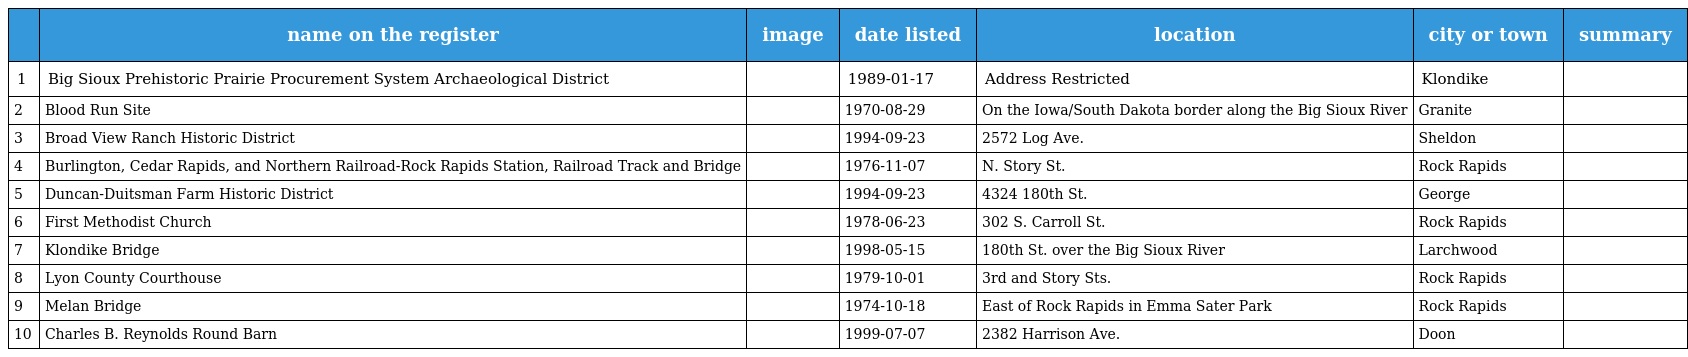
|  | name on the register | image | date listed | location | city or town | summary |
 | --- | --- | --- | --- | --- | --- | --- |
 | 1 | Big Sioux Prehistoric Prairie Procurement System Archaeological District |  | 1989-01-17 | Address Restricted | Klondike |  |
 | 2 | Blood Run Site |  | 1970-08-29 | On the Iowa/South Dakota border along the Big Sioux River | Granite |  |
 | 3 | Broad View Ranch Historic District |  | 1994-09-23 | 2572 Log Ave. | Sheldon |  |
 | 4 | Burlington, Cedar Rapids, and Northern Railroad-Rock Rapids Station, Railroad Track and Bridge |  | 1976-11-07 | N. Story St. | Rock Rapids |  |
 | 5 | Duncan-Duitsman Farm Historic District |  | 1994-09-23 | 4324 180th St. | George |  |
 | 6 | First Methodist Church |  | 1978-06-23 | 302 S. Carroll St. | Rock Rapids |  |
 | 7 | Klondike Bridge |  | 1998-05-15 | 180th St. over the Big Sioux River | Larchwood |  |
 | 8 | Lyon County Courthouse |  | 1979-10-01 | 3rd and Story Sts. | Rock Rapids |  |
 | 9 | Melan Bridge |  | 1974-10-18 | East of Rock Rapids in Emma Sater Park | Rock Rapids |  |
 | 10 | Charles B. Reynolds Round Barn |  | 1999-07-07 | 2382 Harrison Ave. | Doon |  |